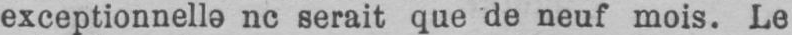
nc serait que de neuf mois. Le